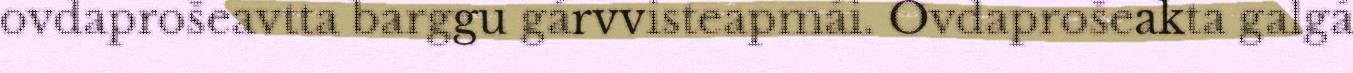
ovdaprošeavtta barggu gárvvisteapmái. Ovdaprošeakta galgá